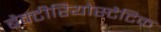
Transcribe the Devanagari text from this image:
बैक्टीरियोस्टैटिक